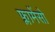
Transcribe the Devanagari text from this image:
फ्लामेंसो